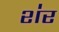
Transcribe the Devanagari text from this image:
श॑र